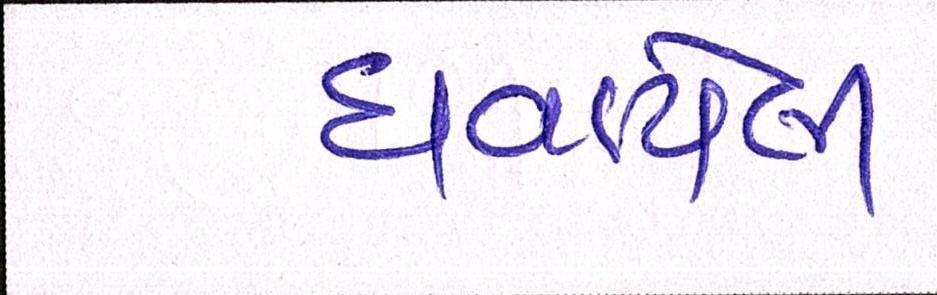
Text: ઘવાયેલી